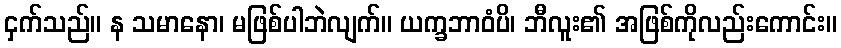
ငှက်သည်။ န သမာနော၊ မဖြစ်ပါဘဲလျက်။ ယက္ခဘာဝံပိ၊ ဘီလူး၏ အဖြစ်ကိုလည်းကောင်း။